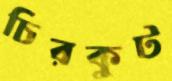
চিরকুট